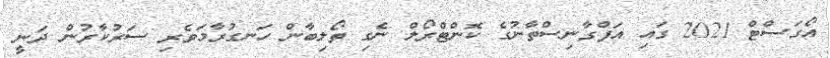
އޯގަސްޓް 2021 ގައި އަފްގާނިސްތާނުގެ ކޮންޓްރޯލް ނެގި ތޯލިބާން ހަނގުރާމަވެރި ސަރުކާރުން ދަނީ